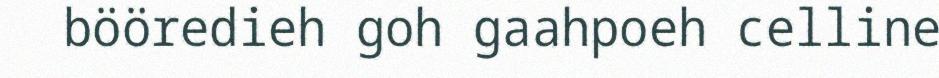
bööredieh goh gaahpoeh celline